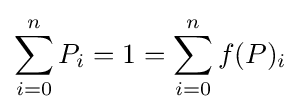
\sum _{i=0}^{n}{P_{i}}=1=\sum _{i=0}^{n}{f(P)_{i}}